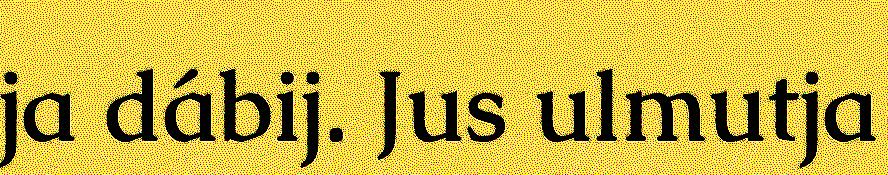
ja dábij. Jus ulmutja